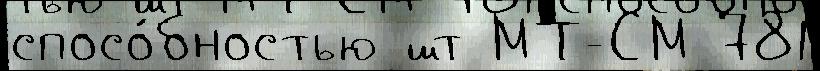
спосо́бностью шт МТ-СМ 781